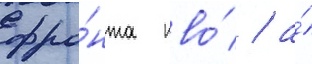
фро́нта пво́ / а́